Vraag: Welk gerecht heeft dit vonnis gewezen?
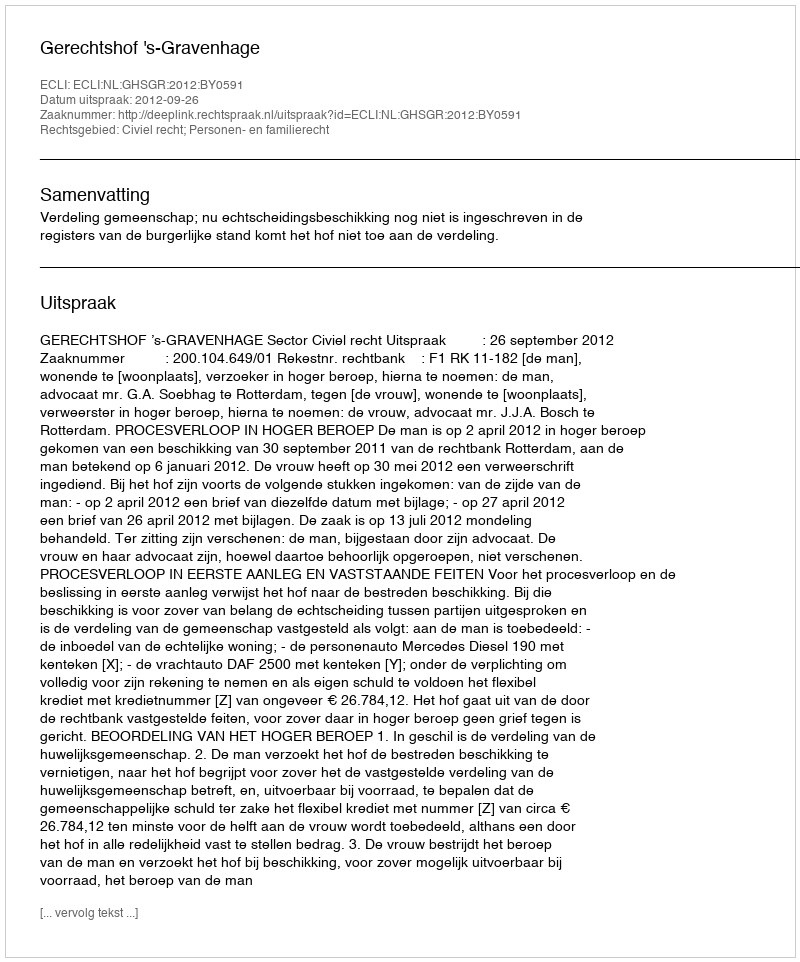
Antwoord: Gerechtshof 's-Gravenhage